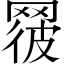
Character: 𦋕